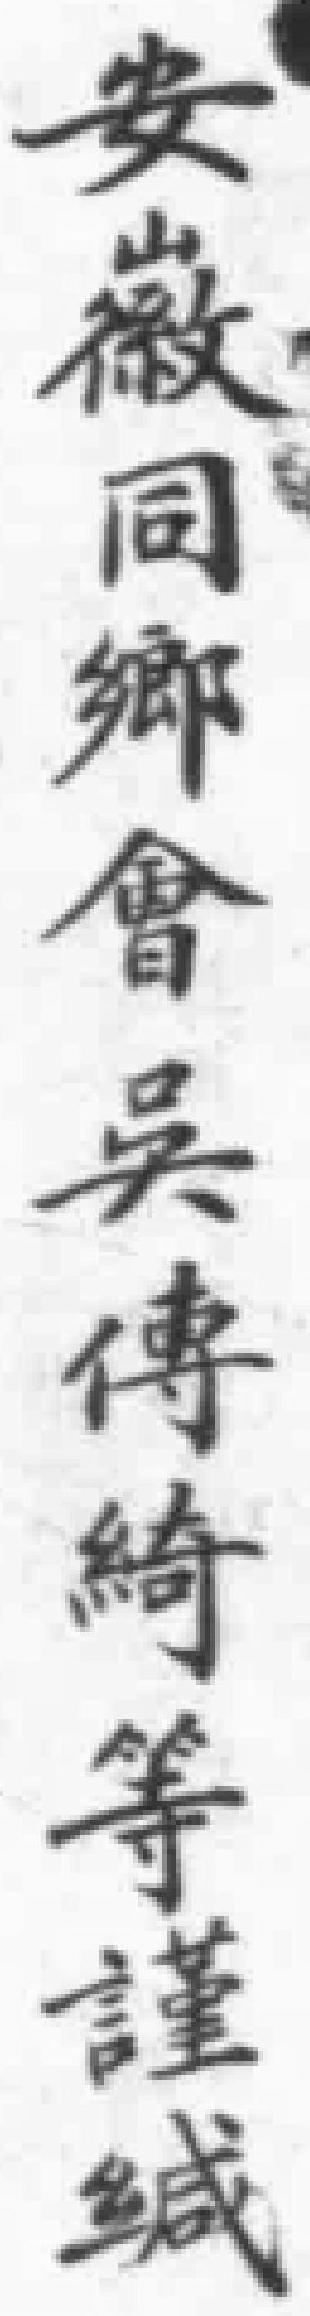
安徽同鄉會吳傳綺等謹缄